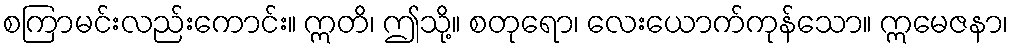
စကြာမင်းလည်းကောင်း။ ဣတိ၊ ဤသို့။ စတုရော၊ လေးယောက်ကုန်သော။ ဣမေဇနာ၊